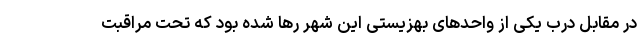
در مقابل درب یکی از واحد‌های بهزیستی این شهر رها شده بود که تحت مراقبت